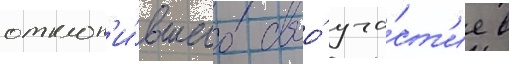
отклон'и́вшего своо́ уча́ст'ие в